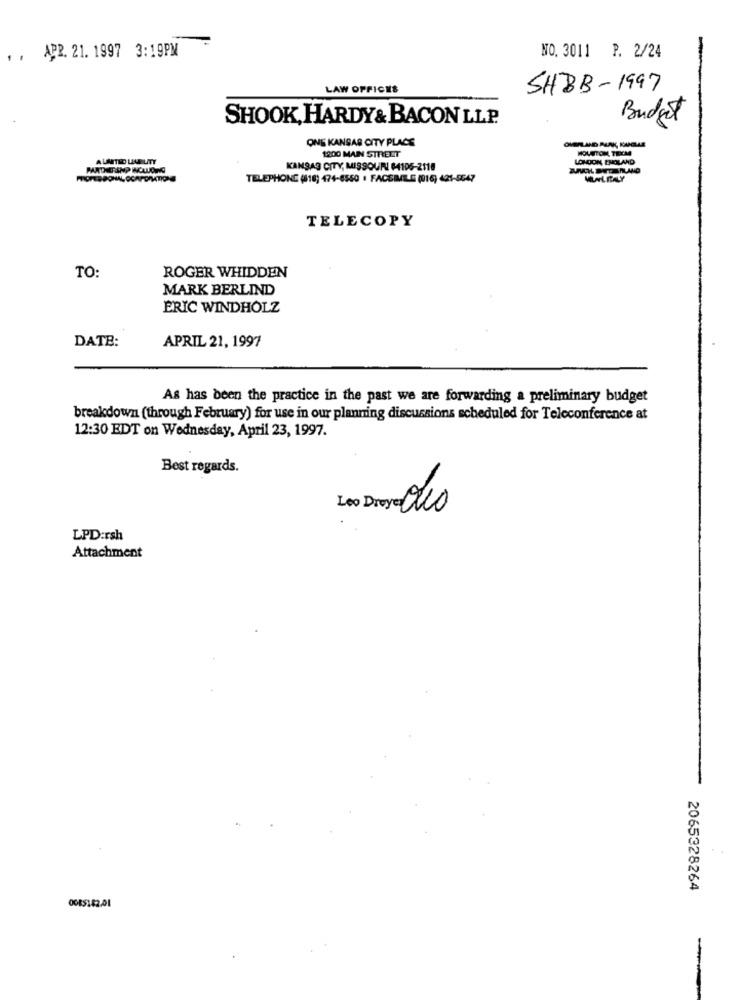
APR. 21. 1997 3:19PM
. .
NO. 3011 P. 2/24
LAW OFFICES
SHBB-1997
SHOOK, HARDY& BACON LLP
Budget
ONE KANSAS CITY PLACE
1200 MAIN STREET
HOUSTON, TIECM
AUNTNO LIABILITY
LONDON, EHOLAND
KANSAS CITY, MISSOURI $4105-2118
TELEPHONE (818) 474-6550 · FACSIMILE (016) 421-5547
TELECOPY
TO:
ROGER WHIDDEN
MARK BERLIND
ERIC WINDHOLZ
DATE:
APRIL 21, 1997
As has been the practice in the past we are forwarding a preliminary budget
breakdown (through February) for use in our planning discussions scheduled for Teleconference at
12:30 EDT on Wednesday, April 23, 1997.
Best regards.
Leo Dreye Olo
LPD:rsh
Attachment
2065328264
0085182.01